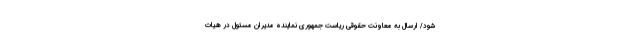
شود/ ارسال به معاونت حقوقی ریاست جمهوری نماینده مدیران مسئول در هیات